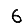
Digit: 6